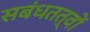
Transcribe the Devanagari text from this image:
सबंधतत्वों